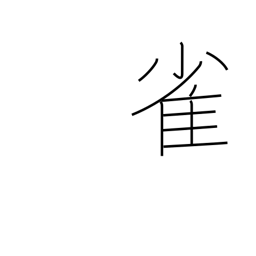
Meaning: sparrow